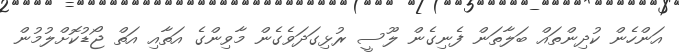
އަންހެން ކުދިންތައް ބަލާތަން ފެނިގެން ލޫސީ ރުޅިގަދަވެގެން މާވިންގެ އަތާއި އަތް ޖޯޑުކޮށްލުމުން